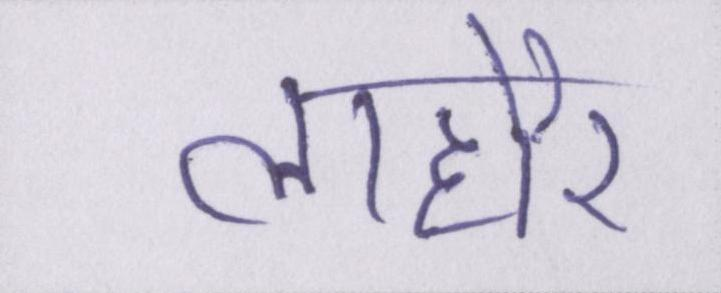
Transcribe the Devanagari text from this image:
लाहौर